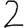
Digit: 2